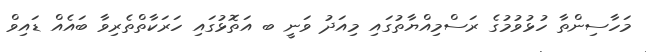
މަހާސިންތާ ހުޅުވުމުގެ ރަސްމިއްޔާތުގައި މިއަދު ވަނީ ބ އަތޮޅުގައި ހަރަކާތްތެރިވާ ބައެއް ޑައިވް